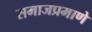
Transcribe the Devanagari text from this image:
समाजप्रमाणे